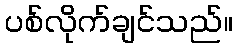
ပစ်လိုက်ချင်သည်။